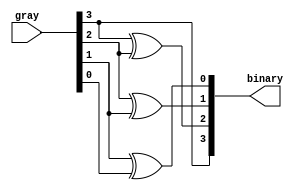
`timescale 1ns / 1ps
//////////////////////////////////////////////////////////////////////////////////
// Company: 
// Engineer: 
// 
// Design Name: 
// Module Name: Gra2Bin
// Project Name: 
// Target Devices: 
// Tool Versions: 
// Description: 
// 
// Dependencies: 
// 
// Revision:
// Revision 0.01 - File Created
// Additional Comments:
// 
//////////////////////////////////////////////////////////////////////////////////


module Gra2Bin(input [3:0] gray,output[3:0] binary);

assign binary[3]=gray[3];
assign binary[2]=gray[3]^gray[2];
assign binary[1]=gray[2]^gray[1];
assign binary[0]=gray[1]^gray[0];

endmodule